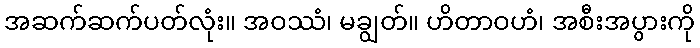
အဆက်ဆက်ပတ်လုံး။ အဝဿံ၊ မချွတ်။ ဟိတာဝဟံ၊ အစီးအပွားကို